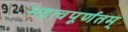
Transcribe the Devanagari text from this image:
महत्वपूर्णतम्